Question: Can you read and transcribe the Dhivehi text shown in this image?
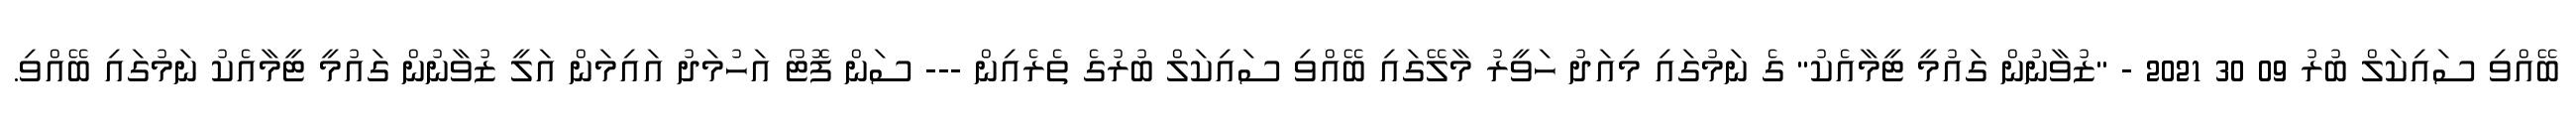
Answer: ބޭއްވި ސައިކަލް ބުރު 09 30 2021 - "ޒުވާނުން ގައުމީ ޓީމާއެކު" ގެ ނަމުގައި މިއަދު ހަވީރު މާލޭގައި ބޭއްވި ސައިކަލް ބުރުގެ ތެރެއިން --- ސަން ފޮޓޯ އަހުމަދު އައިމަން އަލީ ޒުވާނުން ގައުމީ ޓީމާއެކު ނަމުގައި ބޭއްވި.